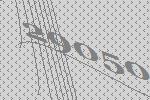
29050